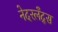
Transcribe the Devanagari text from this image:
नेदरलँद्स